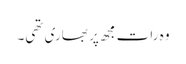
وہ رات مجھ پر بھاری تھی۔